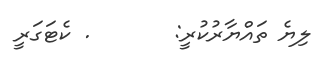
ލިޔެ ތައްޔާރުކުރީ:       . ކެޓަގަރީ